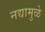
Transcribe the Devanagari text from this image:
नद्यामुळे